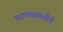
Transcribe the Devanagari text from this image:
पडण्यासाठीचे